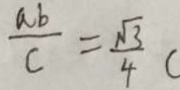
\frac { a b } { c } = \frac { \sqrt { 3 } } { 4 }